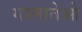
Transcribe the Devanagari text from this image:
गालातेओ